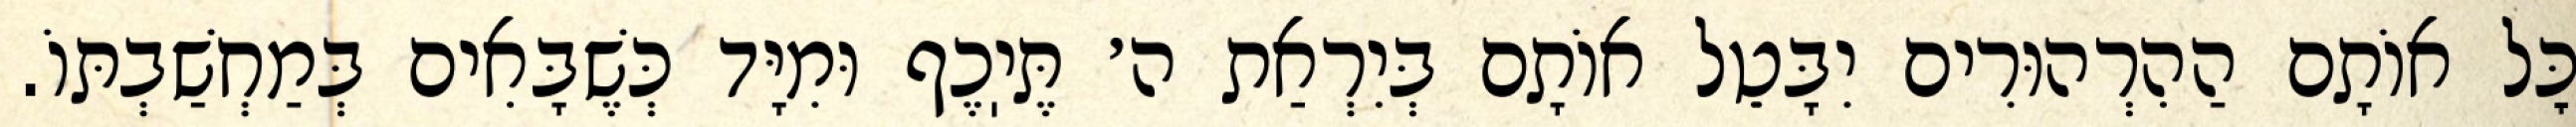
כׇּל אוֹתָם הַהִרְהוּרִים יִבָּטֵל אוֹתָם בְּיִרְאַת ה׳ תֶּיֽכֶף וּמִיָּד כְּשֶׁבָּאִים בְּמַחְשַׁבְתּוֹ.